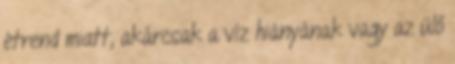
étrend miatt, akárcsak a víz hiányának vagy az ülő